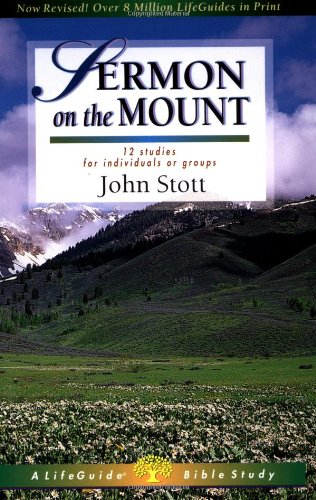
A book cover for Sermon on the Mount (Lifeguide Bible Studies); John Stott; Christian Books & Bibles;